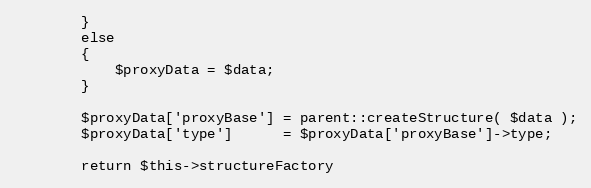
Language: PHP
        }
        else
        {
            $proxyData = $data;
        }

        $proxyData['proxyBase'] = parent::createStructure( $data );
        $proxyData['type']      = $proxyData['proxyBase']->type;

        return $this->structureFactory